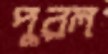
পুরল